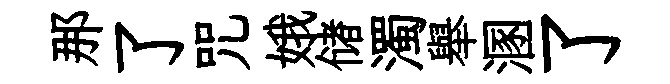
那了咒娥储濁舉溷了